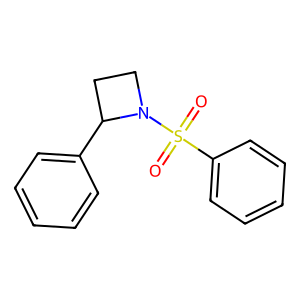
SMILES: O=S(=O)(c1ccccc1)N1CCC1c1ccccc1
Inhibits HIV replication: No